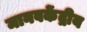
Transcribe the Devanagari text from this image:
मानवकेंद्रीय